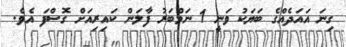
ގިނަ އައަދެއްގެ ބަޔަކު ވަނީ 1 ނަމްބަރު ފާލަން ކައިރިއަށް ގޮސްފަ އެވެ.